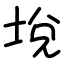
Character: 㙂